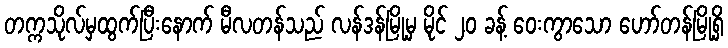
တက္ကသိုလ်မှထွက်ပြီးနောက် မီလတန်သည် လန်ဒန်မြို့မှ မိုင် ၂၀ ခန့် ဝေးကွာသော ဟော်တန်မြို့ရှိ